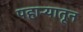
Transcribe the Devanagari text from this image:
पहार्‍यातून